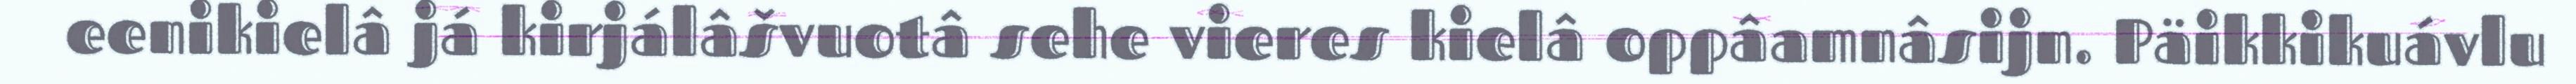
eenikielâ já kirjálâšvuotâ sehe vieres kielâ oppâamnâsijn. Päikkikuávlu